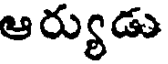
ఆర్యుడు